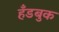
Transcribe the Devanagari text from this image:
हँडबुक